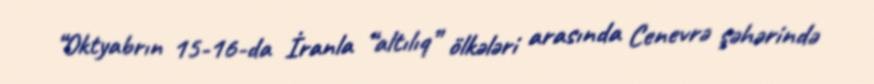
“Oktyabrın 15-16-da İranla “altılıq” ölkələri arasında Cenevrə şəhərində